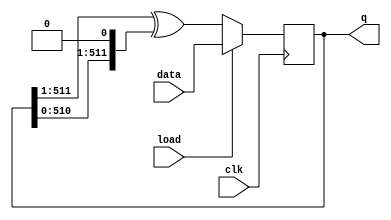
module top_module(
	input clk,
	input load,
	input [511:0] data,
	output reg [511:0] q);
	
	always @(posedge clk) begin
		if (load)
			q <= data;	// Load the DFFs with a value.
		else begin
			// At each clock, the DFF storing each bit position becomes the XOR of its left neighbour
			// and its right neighbour. Since the operation is the same for every
			// bit position, it can be written as a single operation on vectors.
			// The shifts are accomplished using part select and concatenation operators.
			
			//     left           right
			//  neighbour       neighbour
			q <= q[511:1] ^ {q[510:0], 1'b0} ;
		end
	end
endmodule

//for